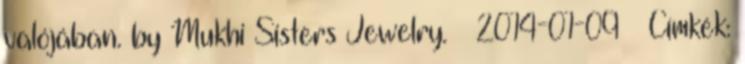
valójában. by Mukhi Sisters Jewelry. – 2014-01-09 – Címkék: